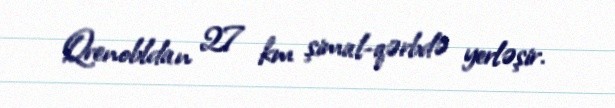
Qrenobldan 27 km şimal-qərbdə yerləşir.